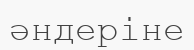
әндеріне